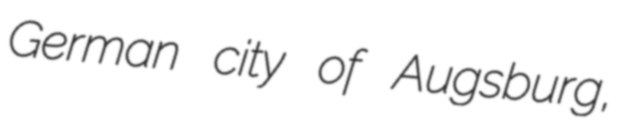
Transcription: German city of Augsburg,